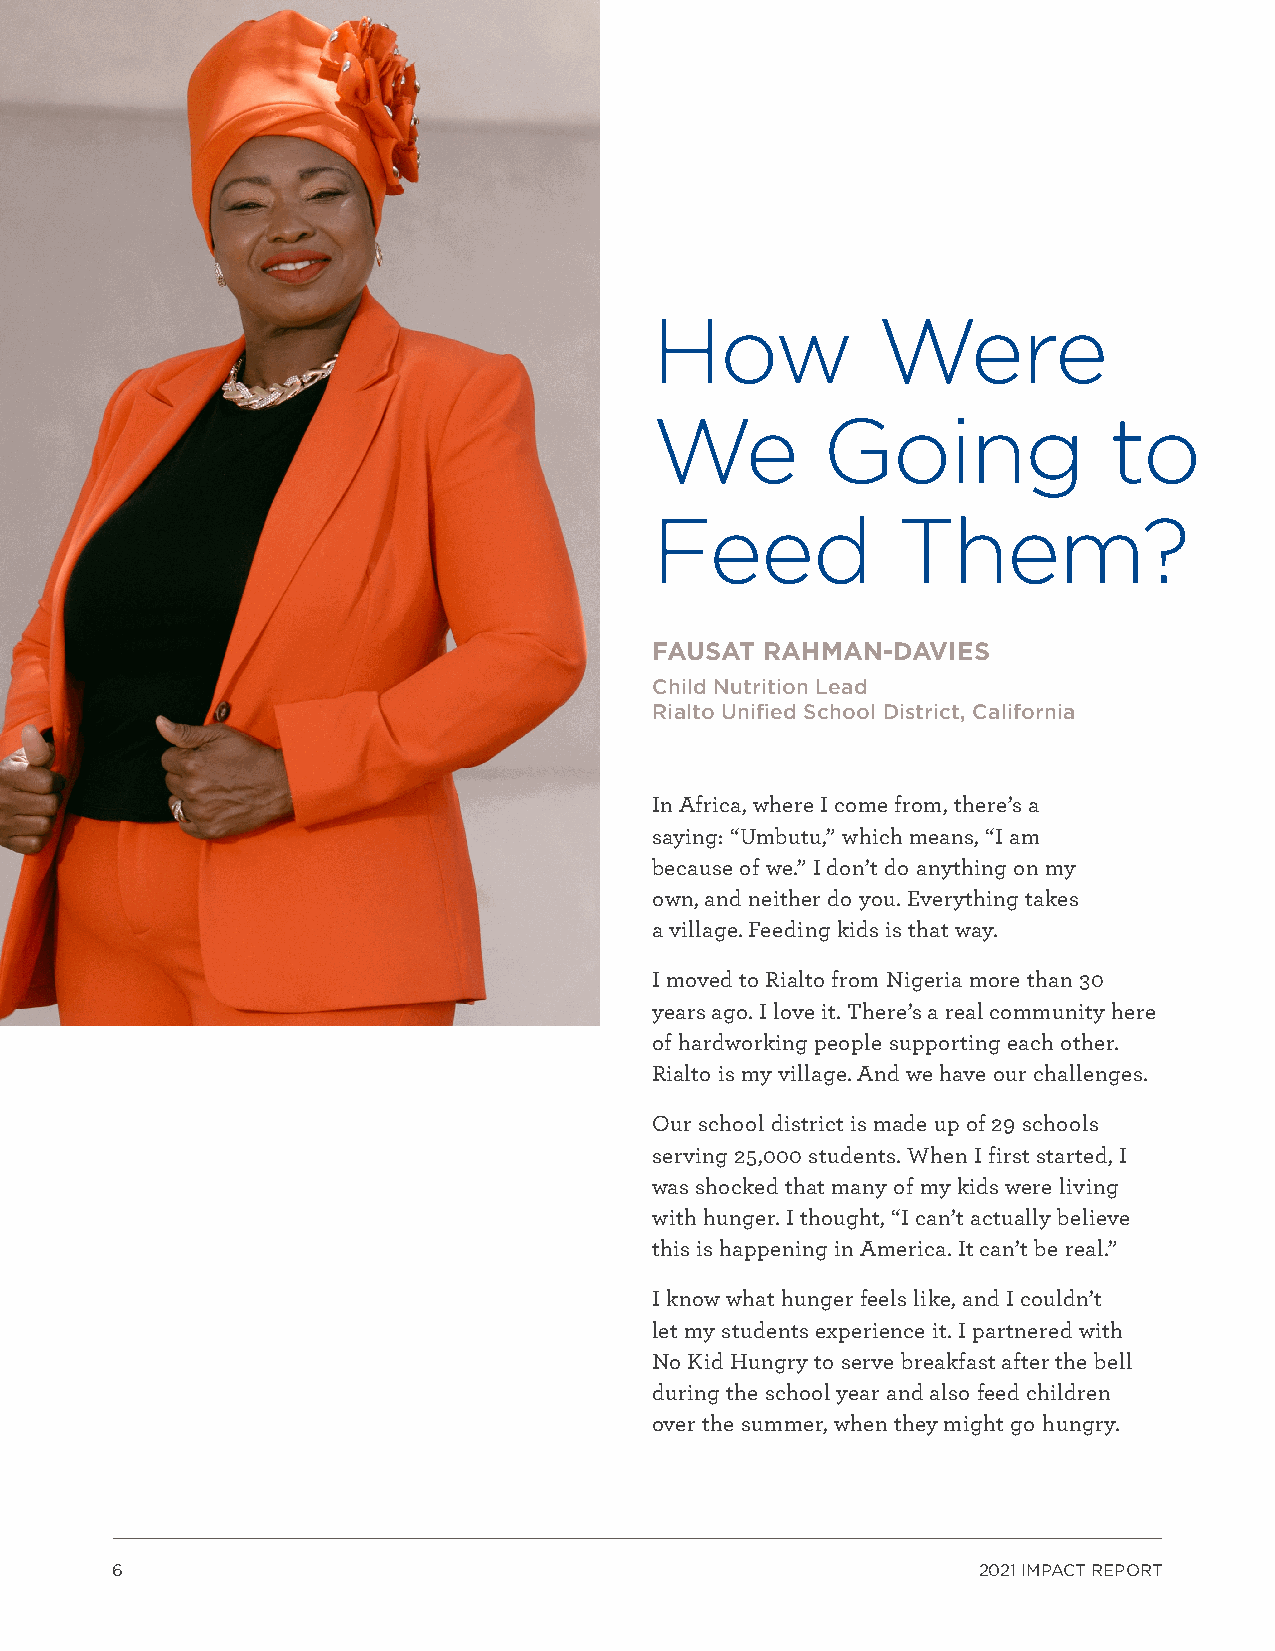
How            Were
 We         Going              to
 Feed            Them?
 FAUSAT  RAHMAN-DAVIES
 Child Nutrition Lead
 Rialto Unified School District, California
 In Africa, where I come from, there’s a
 saying: “Umbutu,” which means, “I am
 because of we.” I don’t do anything on my
 own, and neither do you. Everything takes
 a village. Feeding kids is that way.
 I moved to Rialto from Nigeria more than 30
 years ago. I love it. There’s a real community here
 of hardworking people supporting each other.
 Rialto is my village. And we have our challenges.
 Our school district is made up of 29 schools
 serving 25,000 students. When I first started, I
 was shocked that many of my kids were living
 with hunger. I thought, “I can’t actually believe
 this is happening in America. It can’t be real.”
 I know what hunger feels like, and I couldn’t
 let my students experience it. I partnered with
 No Kid Hungry to serve breakfast after the bell
 during the school year and also feed children
 over the summer, when they might go hungry.
 6                                                         2021 IMPACT REPORT